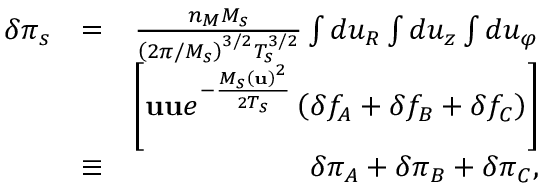
\begin{array} { r l r } { \delta \pi _ { s } } & { = } & { \frac { n _ { M } M _ { s } } { \left( 2 \pi / M _ { s } \right) ^ { 3 / 2 } T _ { s } ^ { 3 / 2 } } \int d u _ { R } \int d u _ { z } \int d u _ { \varphi } } \\ & { } & { \left[ \mathbf { u u } e ^ { - \frac { M _ { s } \left( \mathbf { u } \right) ^ { 2 } } { 2 T _ { s } } } \left( \delta f _ { A } + \delta f _ { B } + \delta f _ { C } \right) \right] } \\ & { \equiv } & { \delta \pi _ { A } + \delta \pi _ { B } + \delta \pi _ { C } , } \end{array}